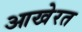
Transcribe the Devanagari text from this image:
आखेरत